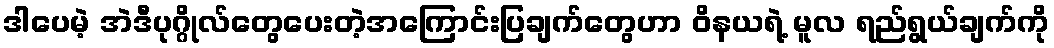
ဒါပေမဲ့ အဲဒီပုဂ္ဂိုလ်တွေပေးတဲ့အကြောင်းပြချက်တွေဟာ ဝိနယရဲ့ မူလ ရည်ရွယ်ချက်ကို